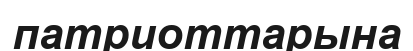
патриоттарына